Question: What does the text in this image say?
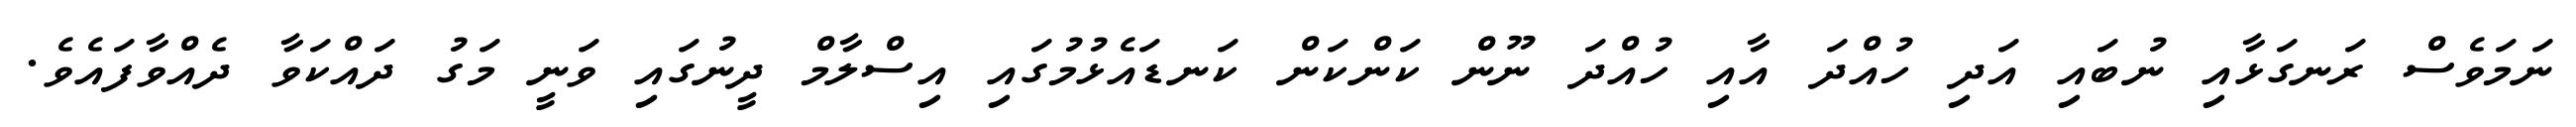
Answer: ނަމަވެސް ރަނގަޅާއި ނުބައި އަދި ހުއްދަ އާއި ހުއްދަ ނޫން ކަންކަން ކަނޑައެޅުމުގައި އިސްލާމް ދީނުގައި ވަނީ މަގު ދައްކަވާ ދެއްވާފައެވެ.